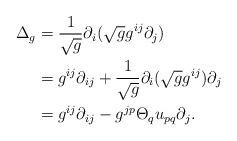
LaTeX: \begin{align*}\Delta_g &=\frac{1}{\sqrt{ g}}\partial_i(\sqrt{ g}g^{ij}\partial_j ) \\&=g^{ij}\partial_{ij}+\frac{1}{\sqrt{g}}\partial_i(\sqrt{g}g^{ij})\partial_j \\&=g^{ij}\partial_{ij}-g^{jp}\Theta_q u_{pq} \partial_j. \end{align*}